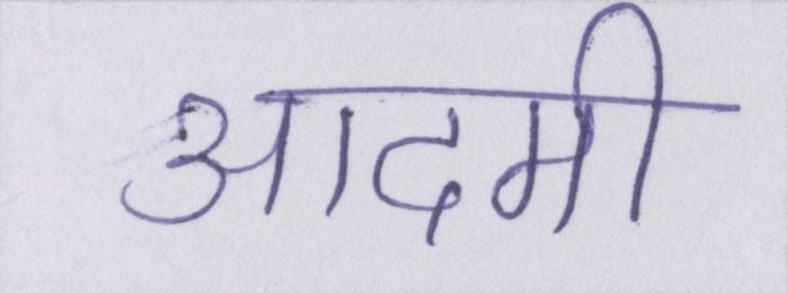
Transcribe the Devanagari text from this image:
आदमी